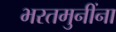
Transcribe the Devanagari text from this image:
भरतमुनींना